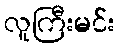
လူကြီးမင်း